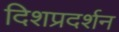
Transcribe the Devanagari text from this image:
दिशप्रदर्शन